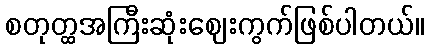
စတုတ္ထအကြီးဆုံးဈေးကွက်ဖြစ်ပါတယ်။